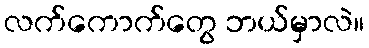
လက်ကောက်တွေ ဘယ်မှာလဲ။